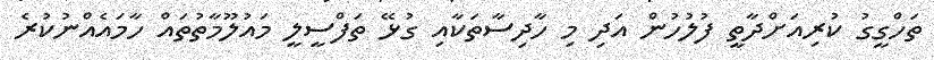
ތަހްގީގު ކުރިއަށްދާތީ ފުލުހުން އަދި މި ހާދިސާތަކާއި ގުޅޭ ތަފްސީލީ މައުލޫމާތުތައް ހާމައެއްނުކުރެ